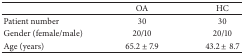
<table><thead><tr><td><b> </b></td><td><b>OA </b></td><td><b>HC </b></td></tr></thead><tbody><tr><td>Patient number </td><td>30</td><td>30</td></tr><tr><td>Gender (female/male) </td><td>20/10</td><td>20/10 </td></tr><tr><td>Age (years) </td><td>65.2 ± 7.9</td><td>43.2 ± 8.7 </td></tr></tbody></table>